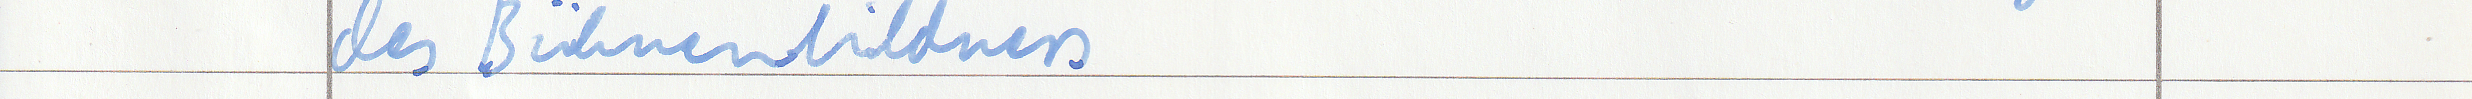
des Bühnenbildners